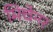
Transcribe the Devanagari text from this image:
मिचेनर